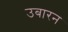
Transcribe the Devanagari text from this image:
उबारन